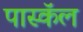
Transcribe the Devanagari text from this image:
पास्कॅल